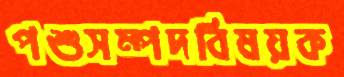
পশুসম্পদবিষয়ক